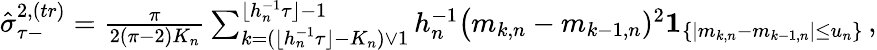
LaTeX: \begin{array}{r}{\hat{\sigma}_{\tau-}^{2,(tr)}=\frac{\pi}{2(\pi-2)K_{n}}\sum_{k=(\lfloor h_{n}^{-1}\tau\rfloor-K_{n})\vee 1}^{\lfloor h_{n}^{-1}\tau\rfloor-1}h_{n}^{-1}\big(m_{k,n}-m_{k-1,n})^{2}\mathbf{1}_{\{ |m_{k,n}-m_{k-1,n}|\le u_{n}\} }\, ,}\end{array}